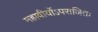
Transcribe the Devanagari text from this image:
महावीर्योऽपराजितः